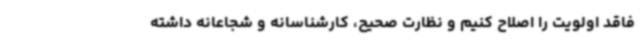
فاقد اولویت را اصلاح کنیم و نظارت صحیح، کارشناسانه و شجاعانه داشته